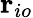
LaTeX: \mathbf{r}_{io}